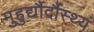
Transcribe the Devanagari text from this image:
मुहुर्द्यौर्दौस्थ्यं